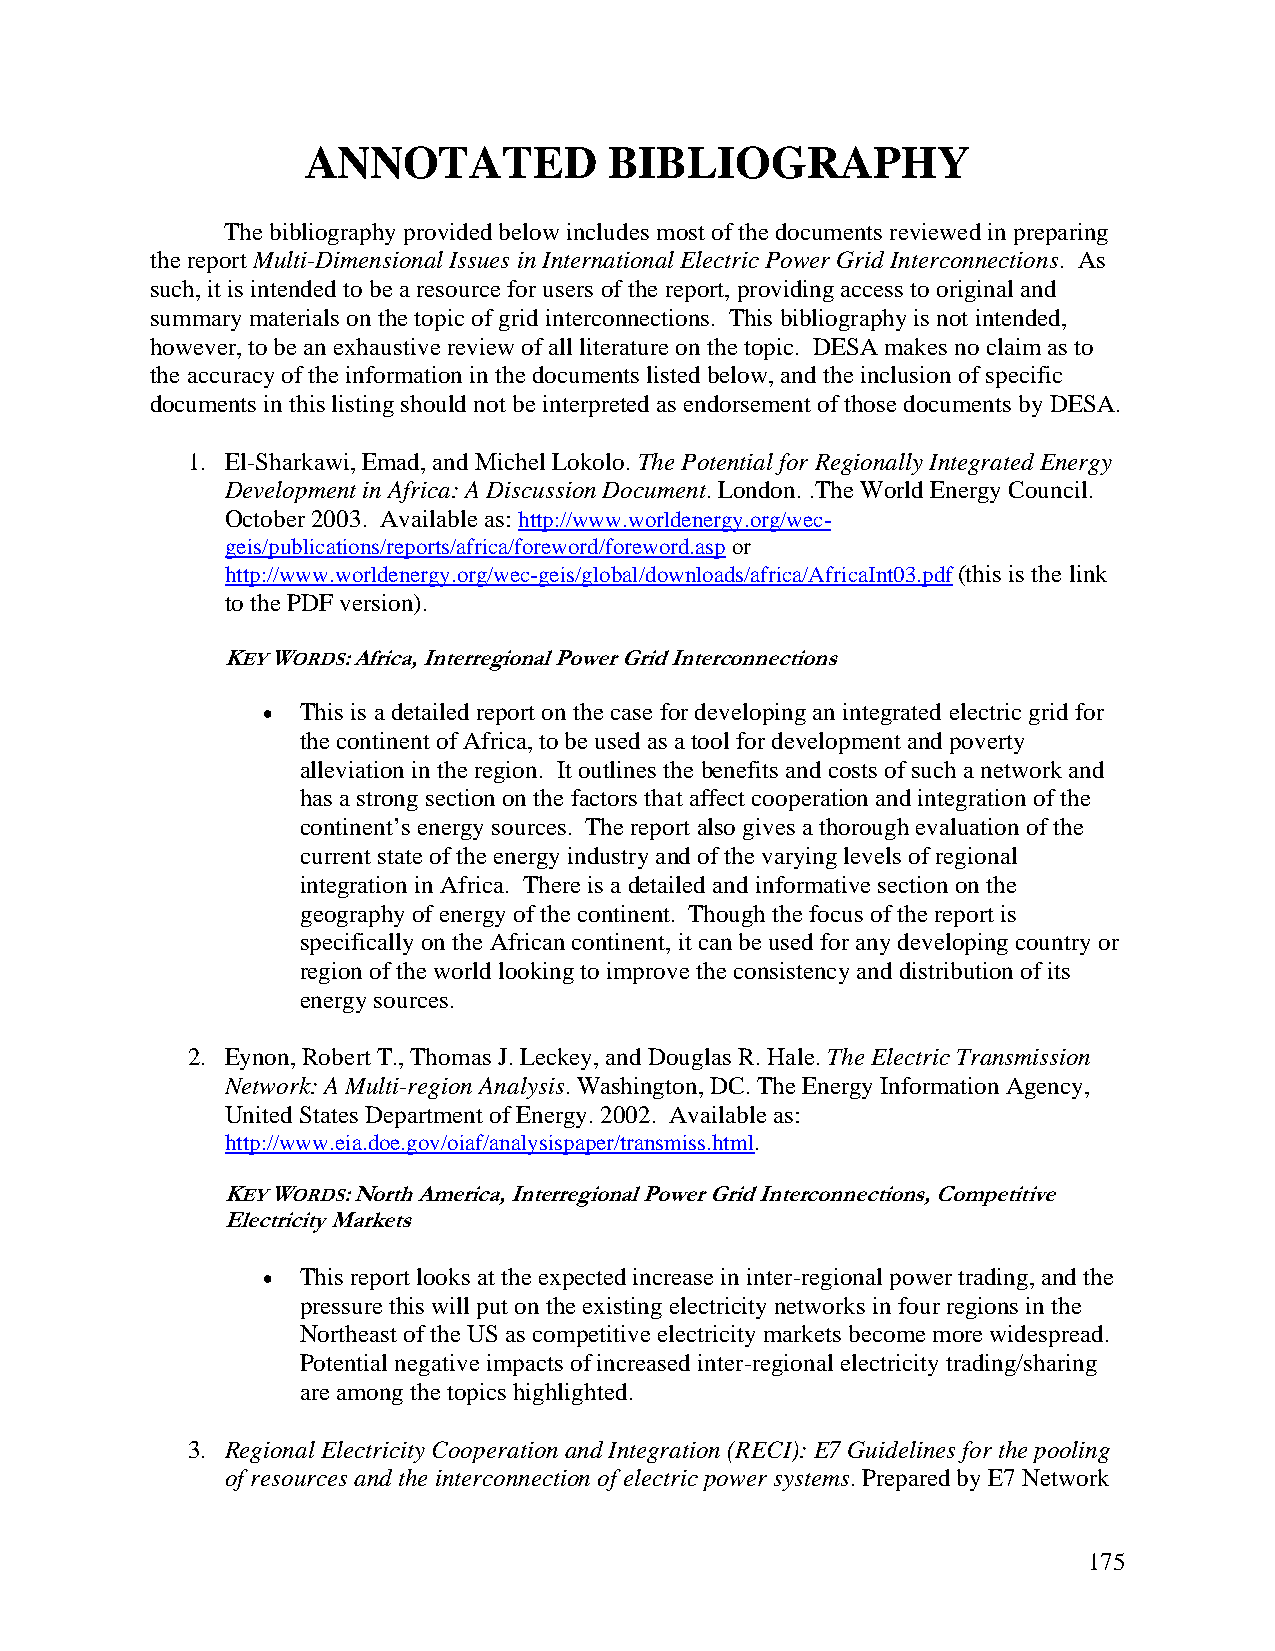
ANNOTATED           BIBLIOGRAPHY
 The bibliography provided below includes most of the documents reviewed in preparing
 the report Multi-Dimensional Issues in International Electric Power Grid Interconnections. As
 such, it is intended to be a resource for users of the report, providing access to original and
 summary materials on the topic of grid interconnections. This bibliography is not intended,
 however, to be an exhaustive review of all literature on the topic. DESA makes no claim as to
 the accuracy of the information in the documents listed below, and the inclusion of specific
 documents in this listing should not be interpreted as endorsement of those documents by DESA.
 1. El-Sharkawi, Emad, and Michel Lokolo. The Potential for Regionally Integrated Energy
 Development in Africa: A Discussion Document. London. .The World Energy Council.
 October 2003. Available as: http://www.worldenergy.org/wec-
 geis/publications/reports/africa/foreword/foreword.asp or
 http://www.worldenergy.org/wec-geis/global/downloads/africa/AfricaInt03.pdf (this is the link
 to the PDF version).
 KEY WORDS: Africa, Interregional Power Grid Interconnections
 •  This is a detailed report on the case for developing an integrated electric grid for
 the continent of Africa, to be used as a tool for development and poverty
 alleviation in the region. It outlines the benefits and costs of such a network and
 has a strong section on the factors that affect cooperation and integration of the
 continent’s energy sources. The report also gives a thorough evaluation of the
 current state of the energy industry and of the varying levels of regional
 integration in Africa. There is a detailed and informative section on the
 geography of energy of the continent. Though the focus of the report is
 specifically on the African continent, it can be used for any developing country or
 region of the world looking to improve the consistency and distribution of its
 energy sources.
 2. Eynon, Robert T., Thomas J. Leckey, and Douglas R. Hale. The Electric Transmission
 Network: A Multi-region Analysis. Washington, DC. The Energy Information Agency,
 United States Department of Energy. 2002. Available as:
 http://www.eia.doe.gov/oiaf/analysispaper/transmiss.html.
 KEY WORDS: North America, Interregional Power Grid Interconnections, Competitive
 Electricity Markets
 •  This report looks at the expected increase in inter-regional power trading, and the
 pressure this will put on the existing electricity networks in four regions in the
 Northeast of the US as competitive electricity markets become more widespread.
 Potential negative impacts of increased inter-regional electricity trading/sharing
 are among the topics highlighted.
 3. Regional Electricity Cooperation and Integration (RECI): E7 Guidelines for the pooling
 of resources and the interconnection of electric power systems. Prepared by E7 Network
 175